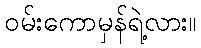
ဝမ်းကောမှန်ရဲ့လား။